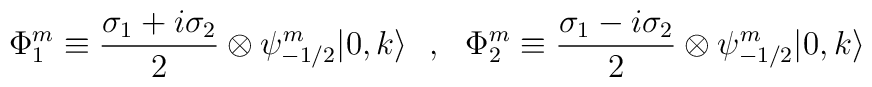
\Phi_{1}^{m} \equiv \frac{\sigma_1 + i \sigma_2}{2} \otimes\psi_{-1/2}^{m} |0,k \rangle ~~,~~\Phi_{2}^{m} \equiv \frac{\sigma_1 -i \sigma_2}{2} \otimes \psi_{-1/2}^{m}|0,k \rangle